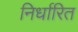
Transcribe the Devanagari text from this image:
निर्धारित